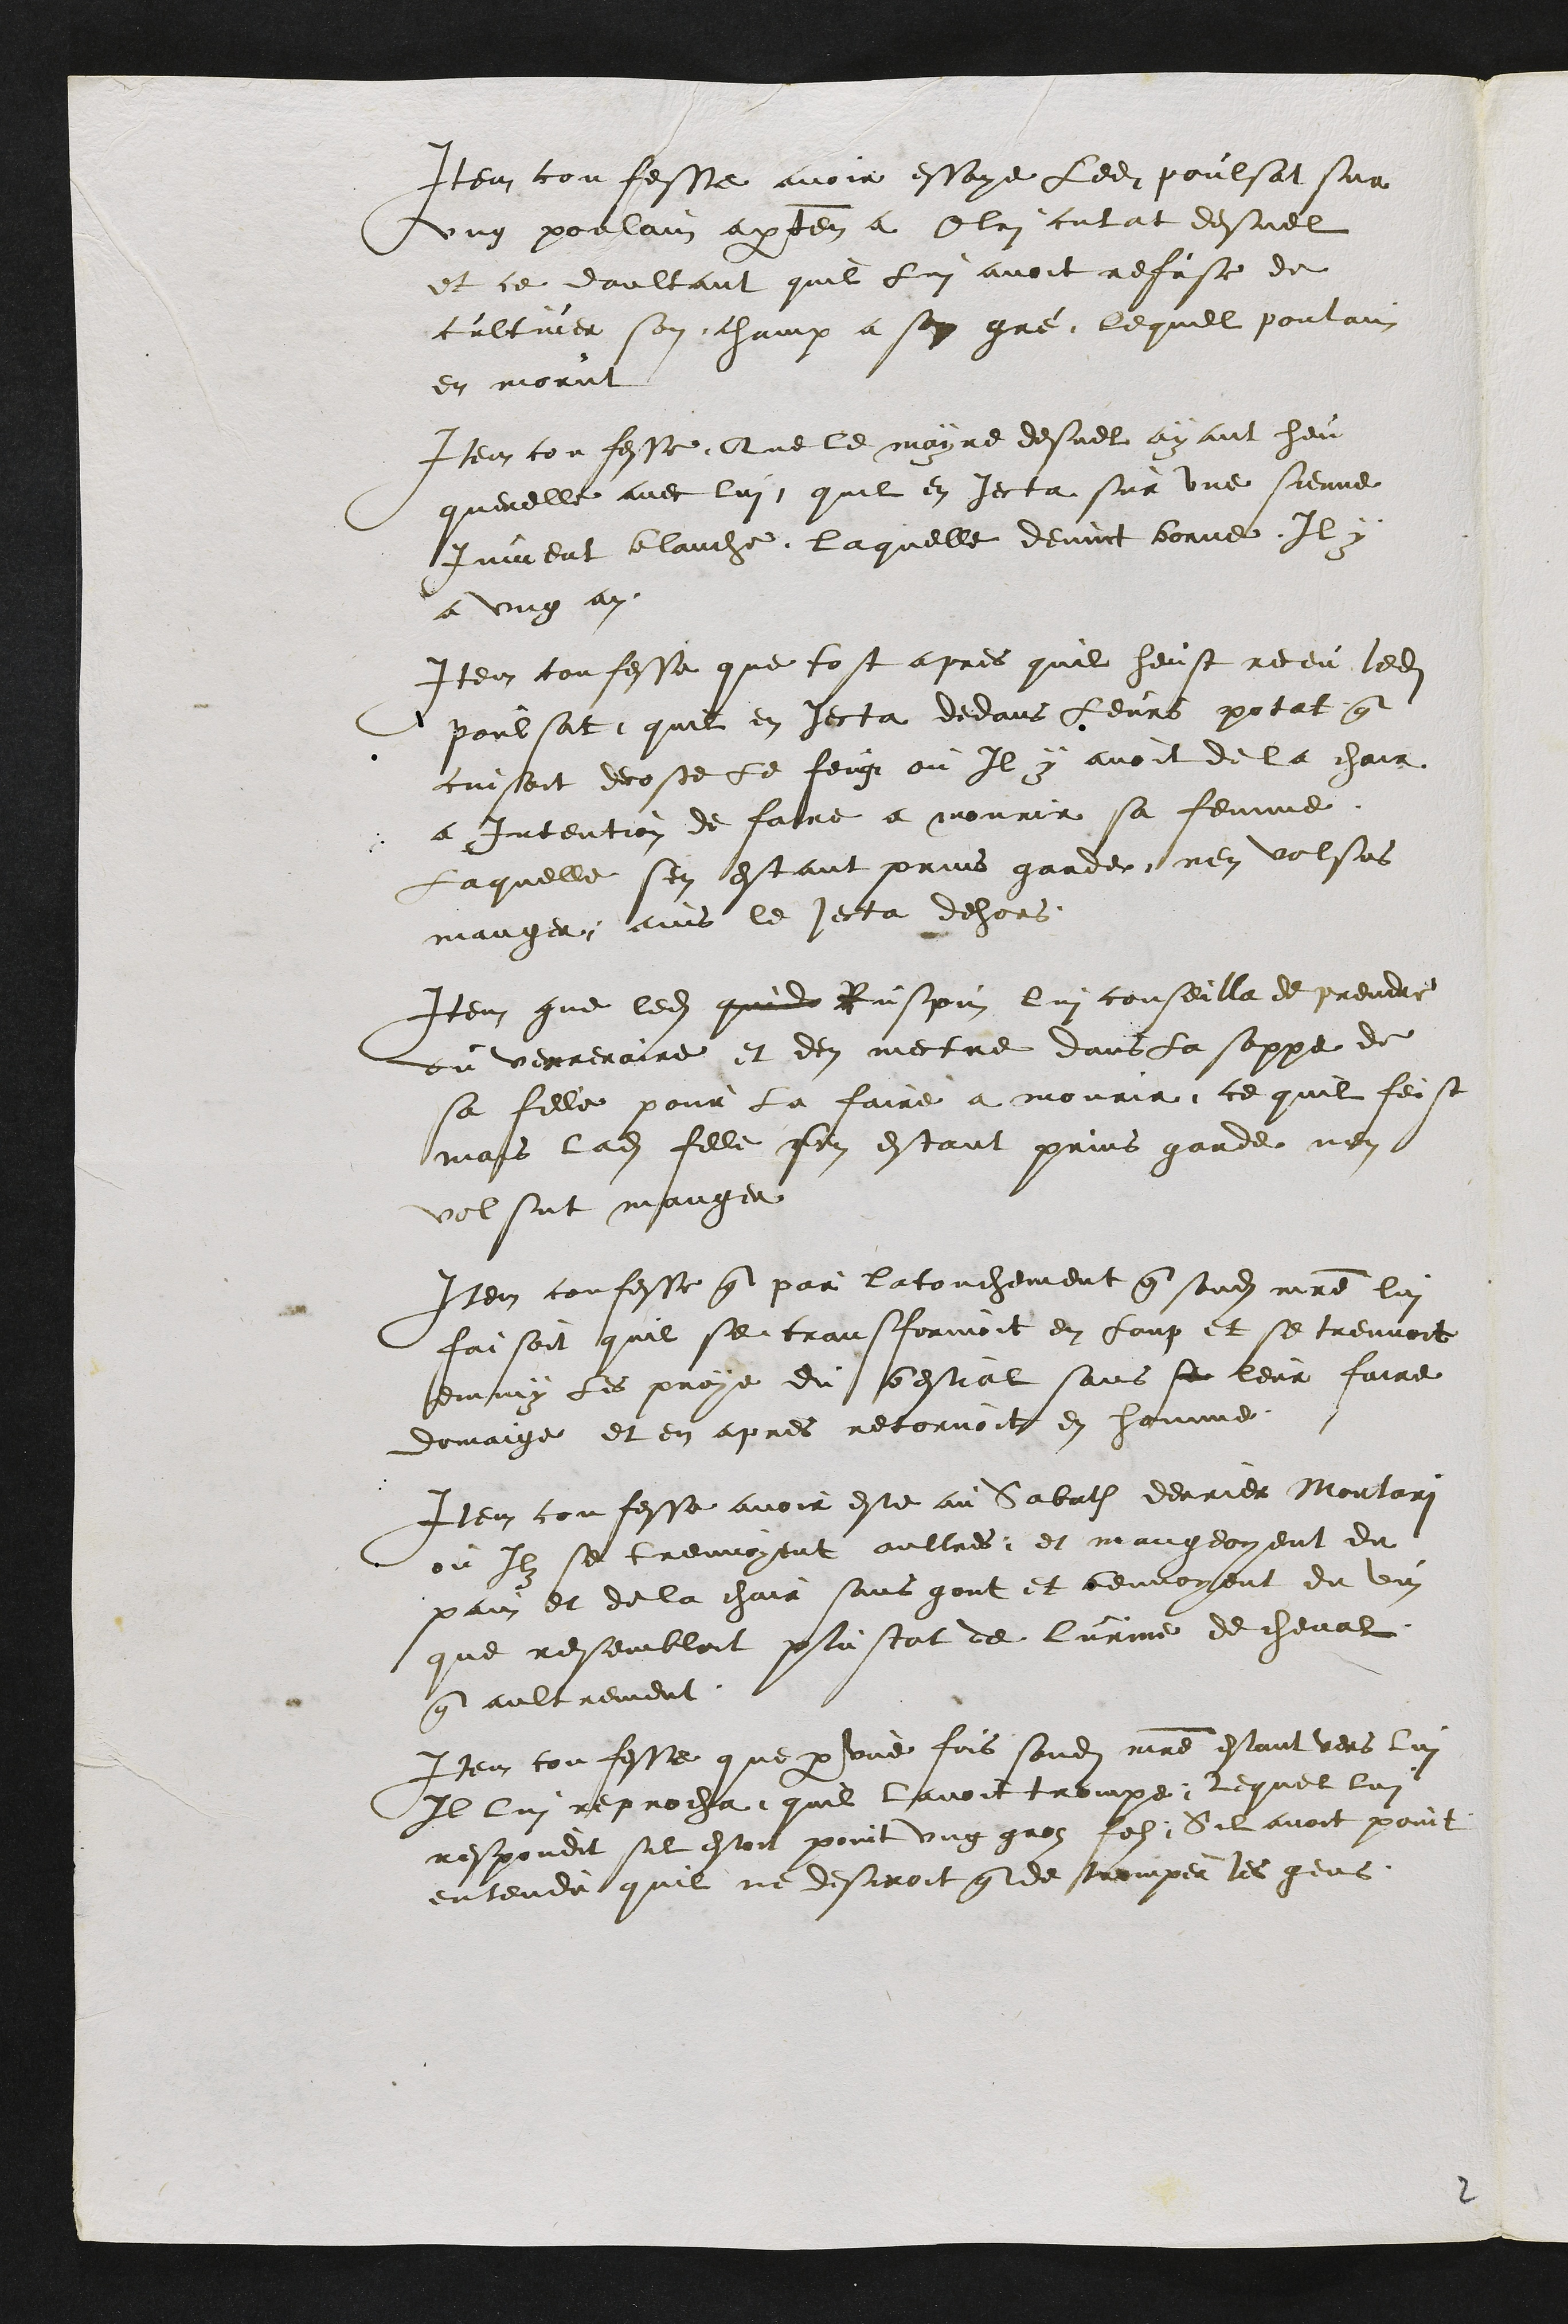
Item confesse avoir essaye ledit poulsat sur
ung poulain appartenant a quelein cutat desuel
et ce daultant quil lui avoit refuse de
cultiver son champ a son gré lequel poulain
en morut
Item confesse Que le mayre desuel ayant heu
querelle avec lui quil en jecta sur une sienne
jument blanche laquelle devint borne Il y
a ung an
Item confesse que tost apres quil heust receu ledit
poulsat quil en jecta dedans leurs potat que
cuisoit decoste le feug ou Il y avoit de la chair
a Intention de faire a mourir sa femme
Laquelle sen estant prins garde nen volsus
manger ains le jecta dehors
Item que ledit quida Ruspin lui conseilla de prendre
du verrenaire et den mectre dans la soppe de
sa fille pour la faire a mourir ce quil feist
mais ladite fille sen estant prins garde nen
volsut manger
Item confesse que par latouchement que sondit maitre lui
faisoit quil se transformoit en loup et se treuvoit
emmy les proye du bestial sans se leur faire
domaige et en apres retornoit en homme
Item confesse avoir este au Sabath derrier Montari
ou Ilz se treuvoyent aultres et mangeoyent du
pain et de la chair sans gout et beuvoyent du vin
que ressembloit plustot de lurine de cheval
que aultrement
Item confesse que par une fois sondit maitre estant vers lui
Il lui reprocha quil lavoit trompe ; lequel lui
respondit sil estoit point ung groz folz Sil avoit point
entendu quil ne desiroit que de tromper les gens.
2